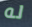
له